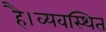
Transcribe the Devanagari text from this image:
है।व्यवस्थित